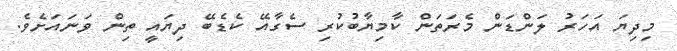
މިދިޔަ އަހަރު ލަންޑަން މެރަތަން ކާމިޔާބުކުރި ސެގާއޭ ކެޑެބޭ ދިޔައީ ތިން ވަނައަށެވެ.